Indian journal of veterinary science and animal husbandry - Volumes 22-23, 1952-1953
Year: 1952
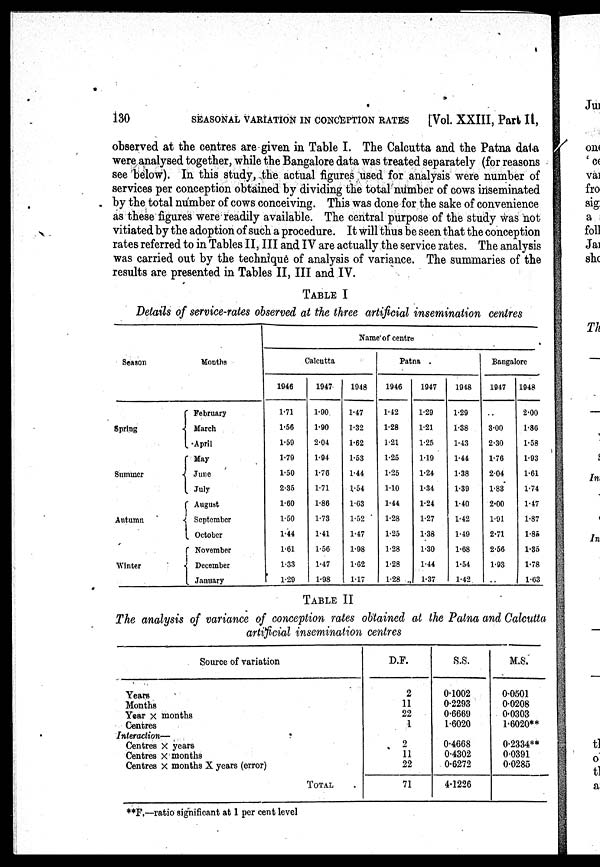
130
SEASONAL VARIATION IN CONCEPTION RATES
[Vol. XXIII, Part II,
observed at the centres are given in Table I. The Calcutta and the Patna data
were analysed together, while the Bangalore data was treated separately (for reasons
see below). In this study, the actual figures used for analysis were number of
services per conception obtained by dividing the total number of cows inseminated
by the total number of cows conceiving. This was done for the sake of convenience
as these figures were readily available. The central purpose of the study was not
vitiated by the adoption of such a procedure. It will thus be seen that the conception
rates referred to in Tables II, III and IV are actually the service rates. The analysis
was carried out by the technique of analysis of variance. The summaries of the
results are presented in Tables II, III and IV.
TABLE I
Details of service-rates observed at the three artificial insemination centres
Season
Spring
Summer
Autumn
Winter
Months
February
March
April
May
June
July
August
September
October
November
December
January
Name of centre
Calcutta
1946
1.71
1.56
1.59
1.79
1.50
2.35
1.60
1.50
1.44
1.61
1.33
1.29
1947
1.90
1.90
2.04
1.94
1.76
1.71
1.86
1.73
1.41
1.56
1.47
1.98
1948
1.47
1.32
1.62
1.53
1.44
1.54
1.63
1.52
1.47
1.98
1.62
1.17
Patna
1946
1.42
1.28
1.21
1.25
1.25
1.10
1.44
1.28
1.25
1.28
1.28
1.28
1947
1.29
1.21
1.25
1.19
1.24
1.34
1.24
1.27
1.38
1.30
1.44
1.37
1948
1.29
1.38
1.43
1.44
1.38
1.39
1.40
1.42
1.49
1.68
1.54
1.42.
Bangalore
1947
..
3.00
2.30
1.76
2.04
1.83
2.00
1.91
2.71
2.56
1.93
..
1948
2.00
1.80
1.58
1.93
1.61
1.74
1.47
1.87
1.85
1.85
1.78
1.63
TABLE II
The analysis of variance of conception rates obtained at the Patna and Calcutta
artificial insemination centres
Source of variation
Years
Months
Year x months
Centres
Interaction—
Centres x years
Centres x months
Centres x months X years (error)
TOTAL
D.F.
2
11
22
1
2
11
22
71
S.S.
0.1002
0.2293
0.6669
1.6020
0.4668
0.4302
0.6272
4.1226
M.S.
0.0501
0.0208
0.0303
1.6020**
0.2334**
0.0391
0.0285
**F.—ratio significant at 1 per cent level